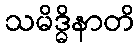
သမိဒ္ဓိနာတိ